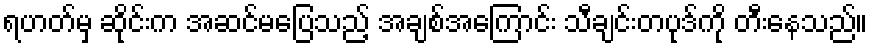
ရဟတ်မှ ဆိုင်းက အဆင်မပြေသည့် အချစ်အကြောင်း သီချင်းတပုဒ်ကို တီးနေသည်။